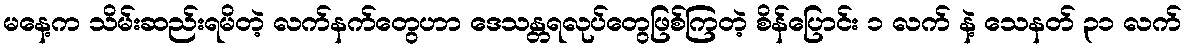
မနေ့က သိမ်းဆည်းရမိတဲ့ လက်နက်တွေဟာ ဒေသန္တရလုပ်တွေဖြစ်ကြတဲ့ စိန်ပြောင်း ၁ လက် နဲ့ သေနတ် ၃၁ လက်